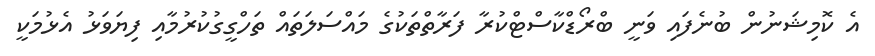
އެ ކޮމިޝަނުން ބުނެފައި ވަނީ ބްރޯޑްކާސްޓްކުރާ ފަރާތްތަކުގެ މައްސަލަތައް ތަހްގީގުކުރުމާއި ފިޔަވަޅު އެޅުމަކީ